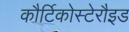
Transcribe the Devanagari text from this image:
कौर्टिकोस्टेरौइड